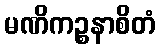
မဏိကဉ္စနာစိတံ